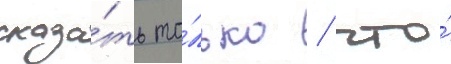
сказа́ть то́лько / что́